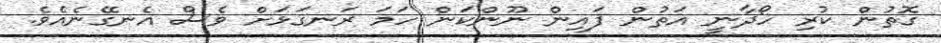
ގޮތުން ކުރި ހޯދާނީ އަތުން ފައިން ނޫންކަން ހަމަ ރަނގަޅަށް ވެސް އެނގޭނެއެވެ.